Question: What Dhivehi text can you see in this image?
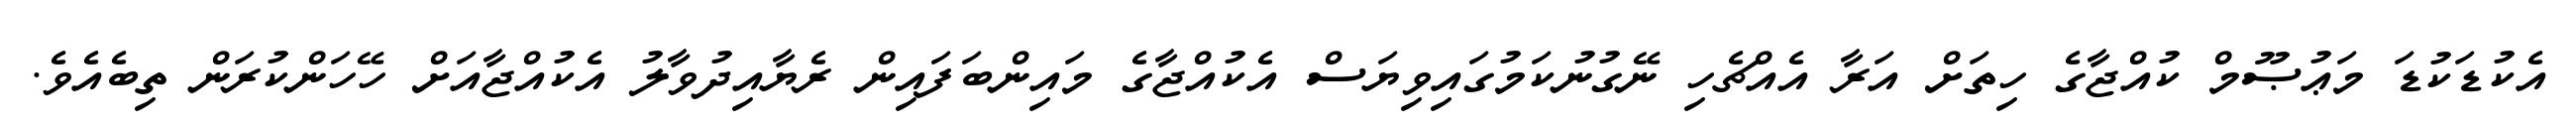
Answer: އެކުޑަކުޑަ މަޢުޞޫމް ކުއްޖާގެ ހިތަށް އަރާ އެއްޗެހި ނޭގުނުކަމުގައިވިޔަސް އެކުއްޖާގެ މައިންބަފައިން ރެޔާއިދުވާލު އެކުއްޖާއަށް ހޭހަންކުރަން ތިބެއެވެ.